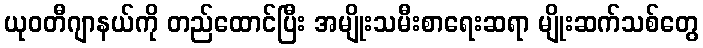
ယုဝတီဂျာနယ်ကို တည်ထောင်ပြီး အမျိုးသမီးစာရေးဆရာ မျိုးဆက်သစ်တွေ